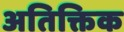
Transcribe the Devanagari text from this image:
अतिक्तिक